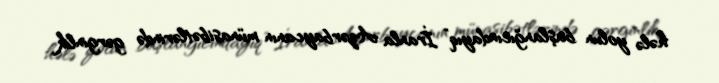
hələ yolun başlanğıcındayıq” İranla Azərbaycanın münasibətlərində gərginlik